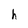
Character: h